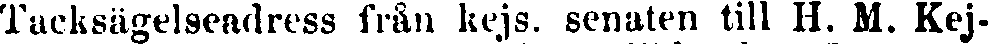
Tacksägelseadress från kejs. senaten till H. M. Kej-